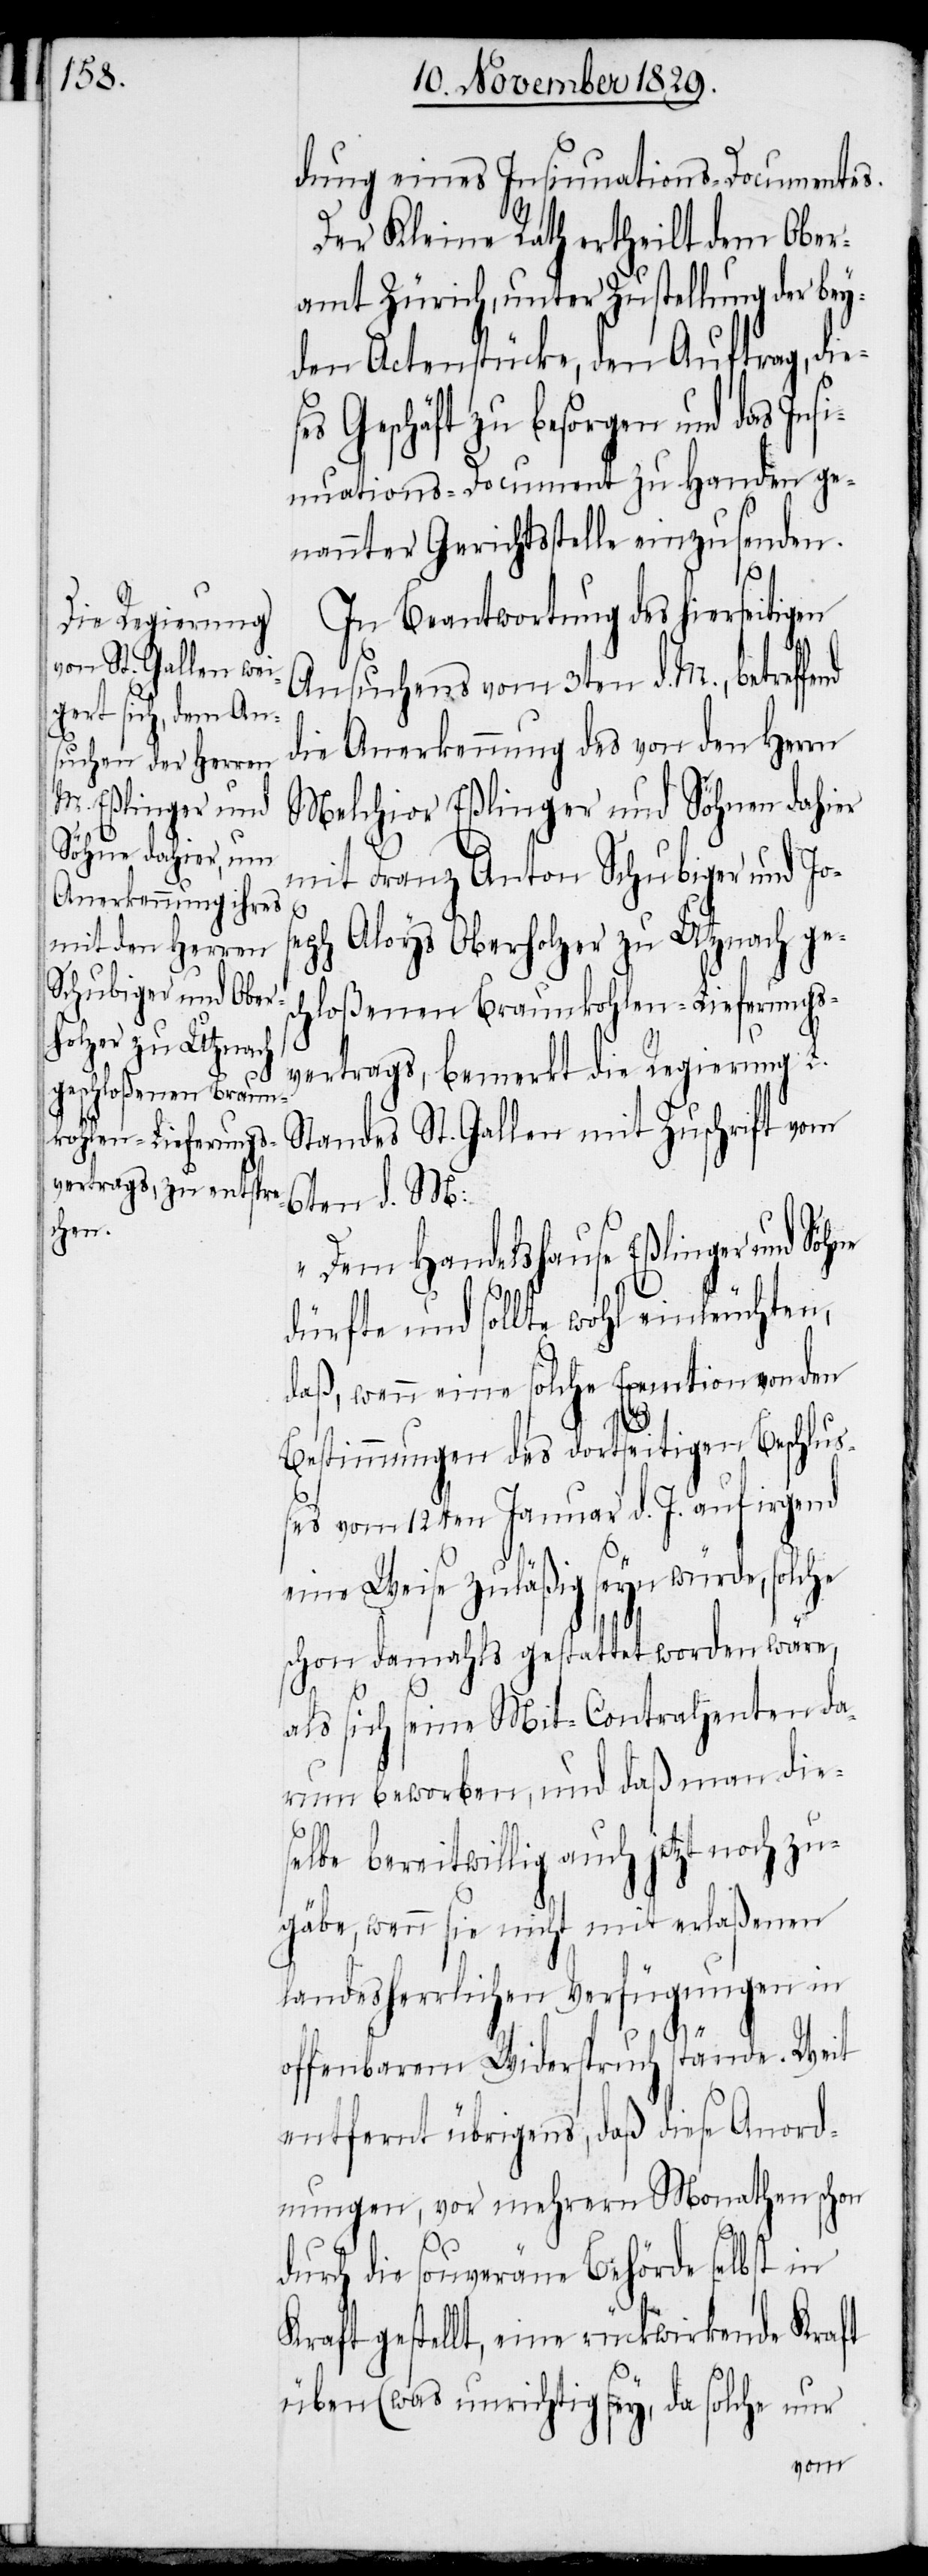
dung eines Insinuations-Documentes.
Der Kleine Rath ertheilt dem Ober¬
amt Zürich, unter Zustellung der bey¬
den Actenstücke, den Auftrag, die¬
Geschäft zu besorgen und das Ins¬
inuations-Document zu Handen ge¬
nannter Gerichtsstelle einzusenden.
In Beantwortung des hierseitigen
Ansuchens vom 3ten d. M., betreffe¬
die Anerkennung des von den Herrn
Melchior Eßlinger und Söhnen dahier
mit Franz Anton Schubiger und Jos¬
ne
eph Aloys Oberholzer zu Utznach ges¬
chloßenen Braunkohlen-Lieferungs¬
vertrags, bemerkt die Regierung L.
Standes St. Gallen mit Zuschrift vom
6ten d. M.:
„Dem Handelshaus Eßlinger und Söh¬
dürfte und sollte wohl einleuchten,
daß, wenn eine solche Exemtion von den
nd
Bestimmungen des dortseitigen Beschluß¬
es vom 12ten Januar d. J. auf irgend
eine Weise zuläßig seyn würde, solche
schon damahls gestattet worden wäre,
als sich seine Mit-Contrahenten da¬
rum beworben, und daß man die¬
selbe bereitwillig auch jetzt noch zu¬
gäbe, wenn sie nicht mit erlaßenen
landesherrlichen Verfügungen in
offenbarem Widerspruch stände. Weit
entfernt übrigens, daß diese Anord¬
nungen, vor mehrern Monathen schon
durch die souveräne Behörde selbst in
Kraft gestellt, eine rückwirkende Kraft
üben (was unrichtig sey, da solche nur